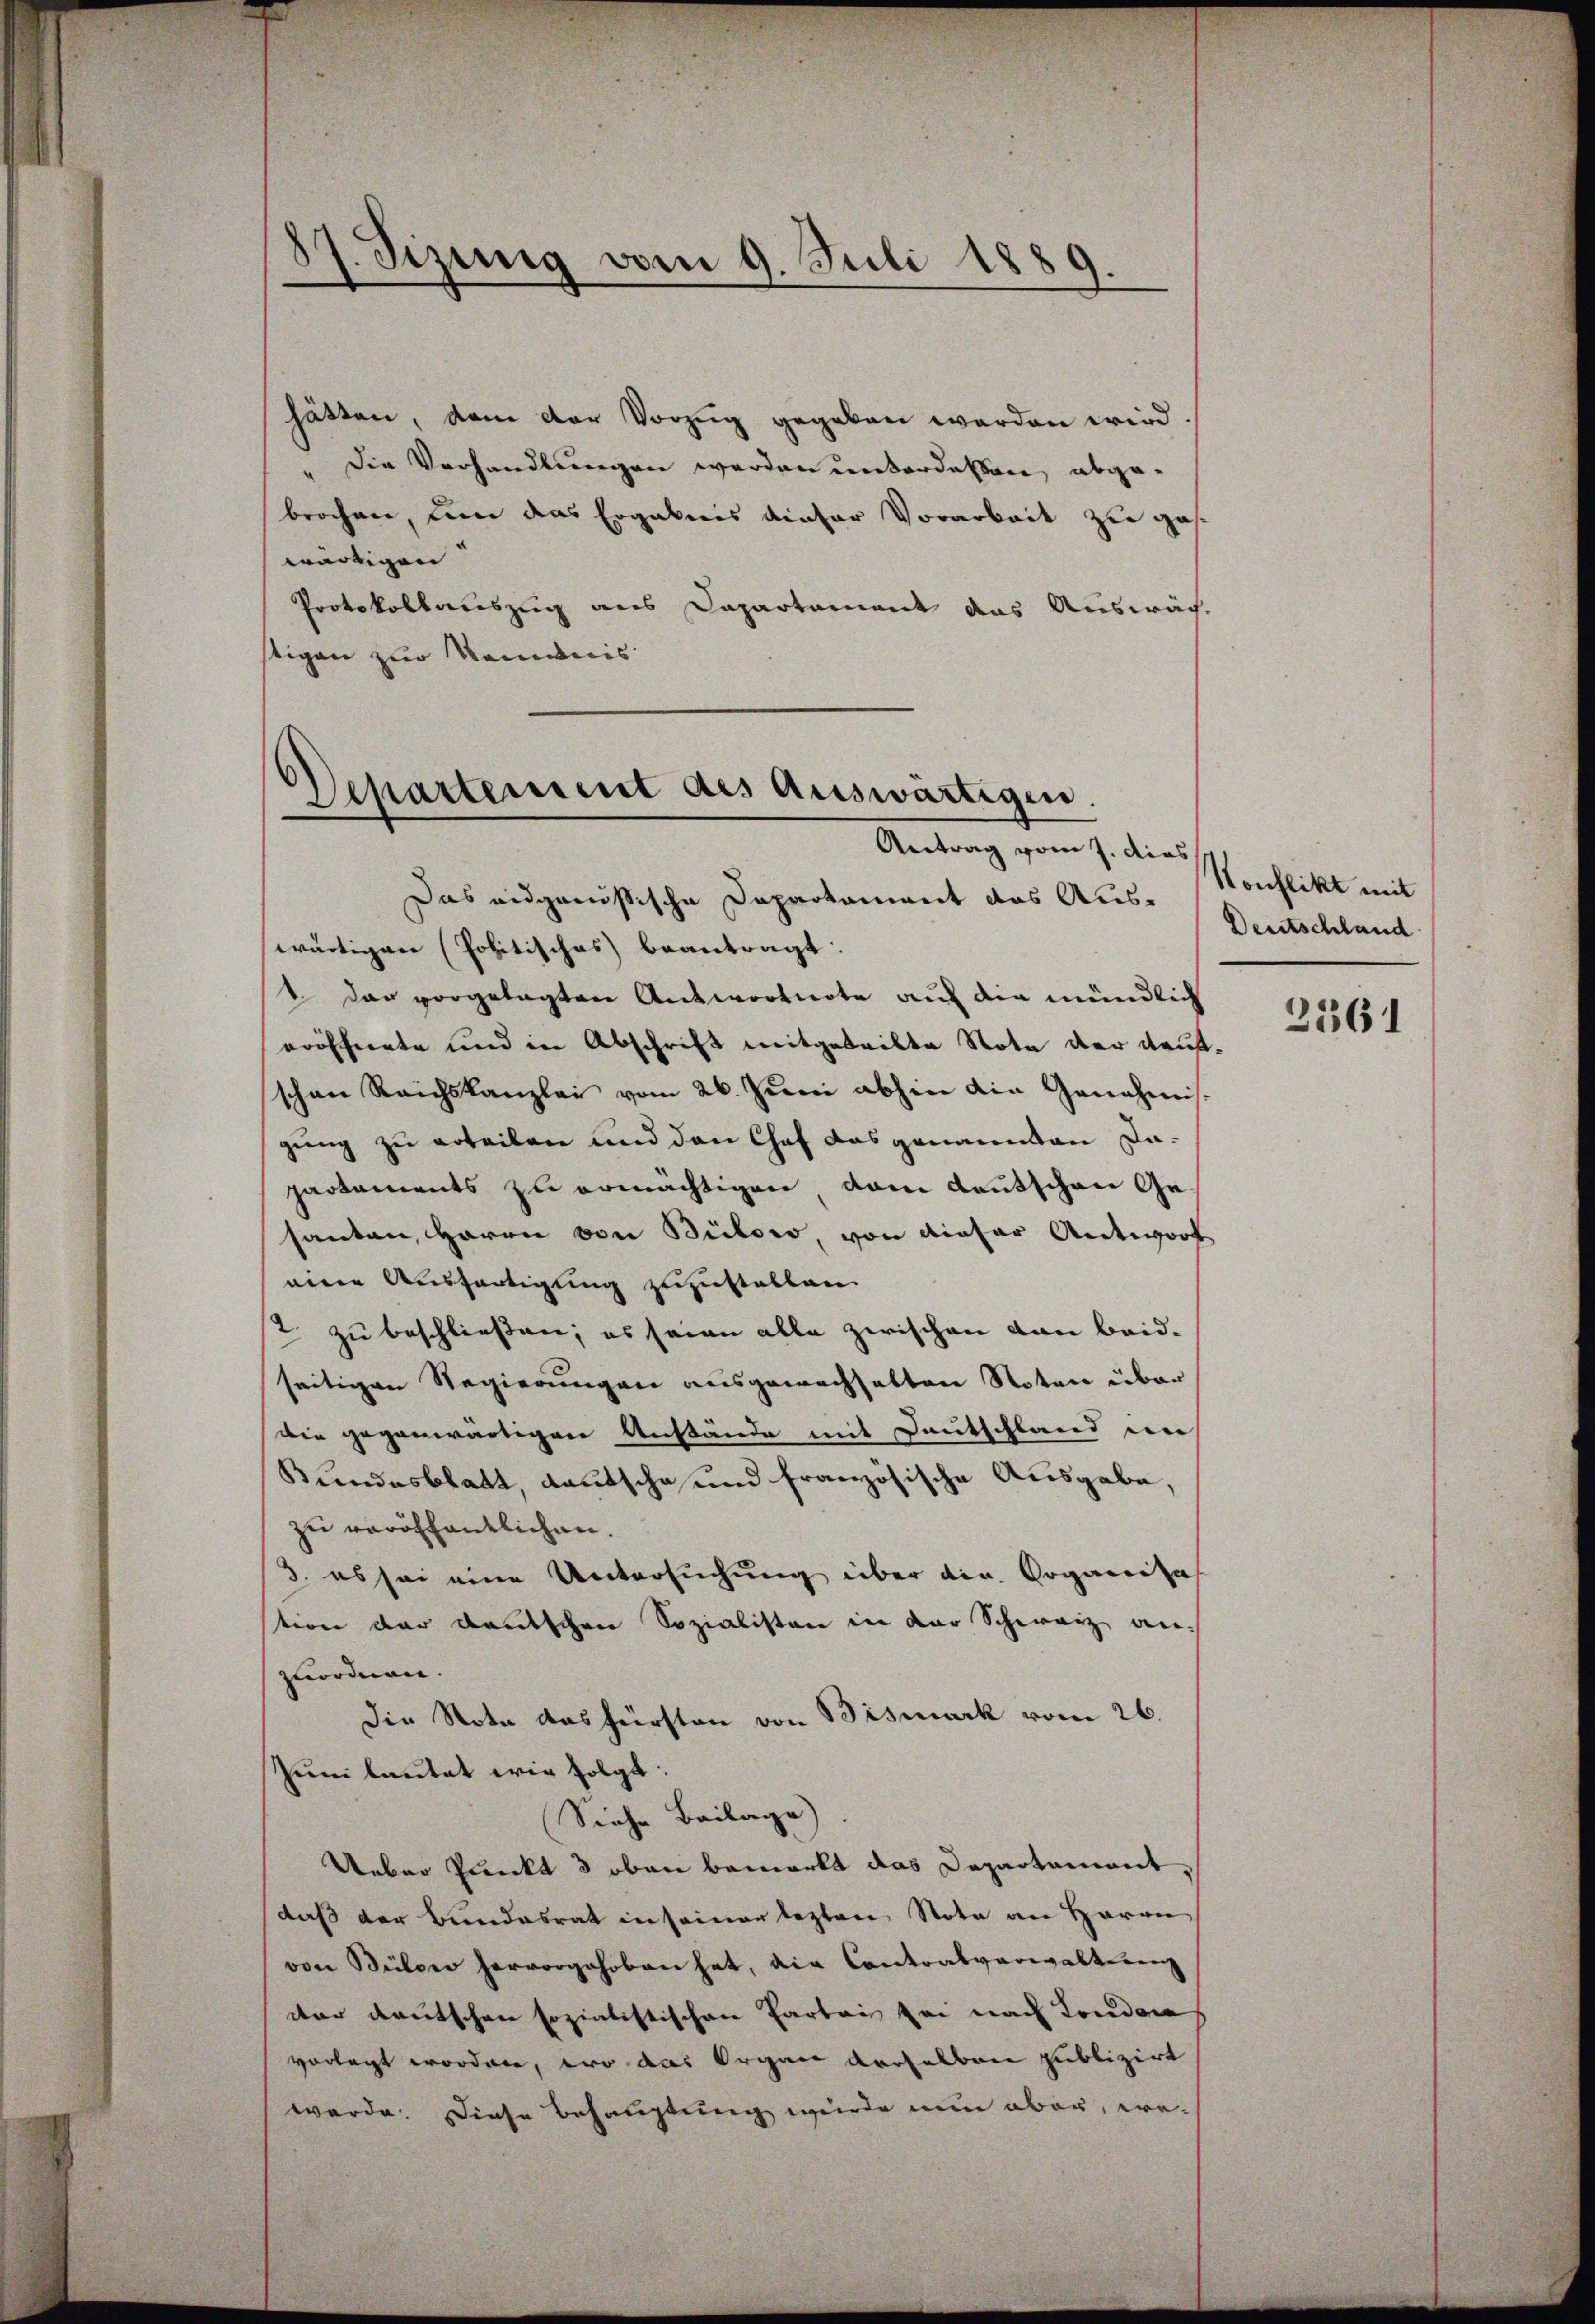
87. Sizung vom 9. Juli 1889.

hätten, dem der Vorzug gegeben werden wird
" Die Verhandlungen werden unterdessen, abgebrochen, wenn das Ergebnis dieser Vorarbeit zu geh
wärtigen
Protokollauszug aus Dapartament das Auswächstigen zur Nominis

Departement des Auswärtigen.
Antrag vom 7. dies

Das eidgenössische Departament das Auswärtigen (Politisches beantragt.
1 das vorgelegten Antwortnote auf die mündlich
eröffernte und in Abschrift mitgeteilte Note der Reutschen Reichskanzlei vom 26. Juni abhin die Genehmisgung zu erteilen und den Chef das genannten Dapartements zu ermächtigen, dem Kautschen Gesanten, Herrn von Bülow, von dieser Antwort
niren Ausfertigung zuzustellen.
2. zu beschließen; es seien alle zwischen von beid-
seitigen Regierungen ausgewachhalten Noten über
die gegenwärtigen Anstände mit Deutschland ein
Bundesblatt, Kautsche und französische Ausgabe,
zu veröffentlichen.
3. es sei eine Untersuchung über die Organisa
tion der deutschen Sozialisten in der Schwarz anzuordnen.
Die Note dasfürsten von Bismark vom 26.
Juni lautet wie folgt:
Siehe Beilage).
Ueber Punkt 3 oben bemerkt das Departemont,
daß der Bundesrat in seiner lezten Nota an Herrn
von Büller hervorgehoben hat, die Cantonsverwalteneng
dar deutschen sozialistischen Parteis sei nach Tonderes
vorlegt worden, wo das Organ derselben publizirt
werde. Diese Behauptung wurde nun aber, we¬

Konflikt mit
Deutschland

2361